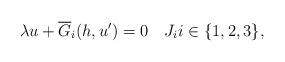
LaTeX: \begin{align*} \lambda u + \overline G_i (h, u') = 0 \ \ \ J_i i\in\{ 1, 2, 3 \}, \end{align*}